Report of the Indian Hemp Drugs Commission, 1894-1895 - Volume V
Year: 1894
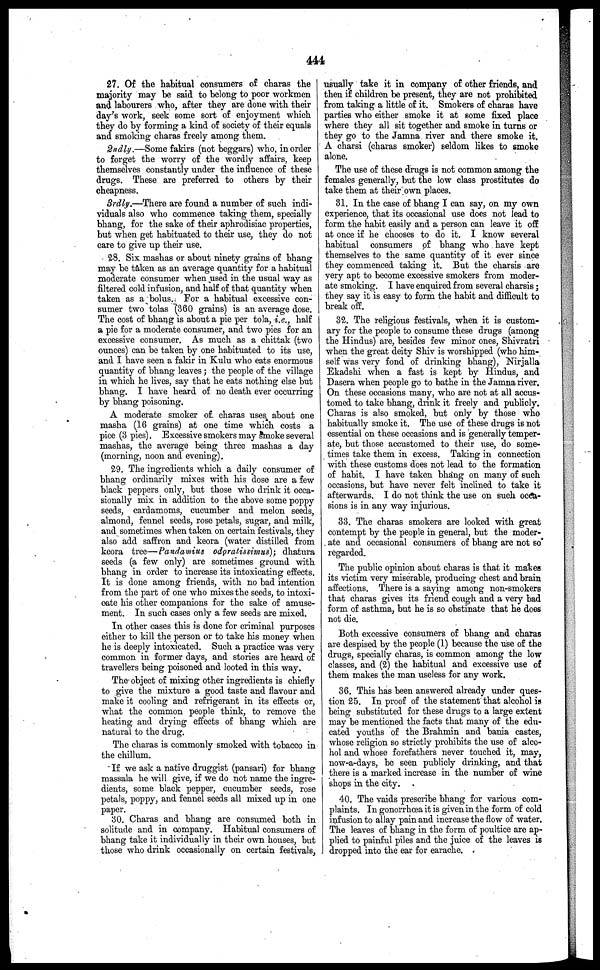
444
27. Of the habitual consumers of charas the
majority may be said to belong to poor workmen
and labourers who, after they are done with their
day's work, seek some sort of enjoyment which
they do by forming a kind of society of their equals
and smoking charas freely among them.
2ndly.—Some fakirs (not beggars) who, in order
to forget the worry of the wordly affairs, keep
themselves constantly under the influence of these
drugs. These are preferred to others by their
cheapness.
3rdly.—There are found a number of such indi-
viduals also who commence taking them, specially
bhang, for the sake of their aphrodisiac properties,
but when get habituated to their use, they do not
care to give up their use.
28. Six mashas or about ninety grains of bhang
may be taken as an average quantity for a habitual
moderate consumer when used in the usual way as
filtered cold infusion, and half of that quantity when
taken as a bolus. For a habitual excessive con-
sumer two tolas (360 grains) is an average dose.
The cost of bhang is about a pie per tola, i.e., half
a pie for a moderate consumer, and two pies for an
excessive consumer. As much as a chittak (two
ounces) can be taken by one habituated to its use,
and I have seen a fakir in Kulu who eats enormous
quantity of bhang leaves; the people of the village
in which he lives, say that he eats nothing else but
bhang. I have heard of no death ever occurring
by bhang poisoning.
A moderate smoker of. charas uses about one
masha (16 grains) at one time which costs a
pice (3 pies). Excessive smokers may smoke several
mashas, the average being three mashas a day
(morning, noon and evening).
29. The ingredients which a daily consumer of
bhang ordinarily mixes with his dose are a few
black peppers only, but those who drink it occa-
sionally mix in addition to the above some poppy
seeds, cardamoms, cucumber and melon seeds,
almond, fennel seeds, rose petals, sugar, and milk,
and sometimes when taken on certain festivals, they
also add saffron and keora (water distilled from
keora tree—Pandamius odpratissimus); dhatura
seeds (a few only) are sometimes ground with
bhang in order to increase its intoxicating effects.
It is done among friends, with no bad intention
from the part of one who mixes the seeds, to intoxi-
cate his other companions for the sake of amuse-
ment. In such cases only a few seeds are mixed.
In other cases this is done for criminal purposes
either to kill the person or to take his money when
he is deeply intoxicated. Such a practice was very
common in former days, and stories are heard of
travellers being poisoned and looted in this way.
The object of mixing other ingredients is chiefly
to give the mixture a good taste and flavour and
make it cooling and refrigerant in its effects or,
what the common people think, to remove the
heating and drying effects of bhang which are
natural to the drug.
The charas is commonly smoked with tobacco in
the chillum.
If we ask a native druggist (pansari) for bhang
massala he will give, if we do not name the ingre-
dients, some black pepper, cucumber seeds, rose
petals, poppy, and fennel seeds all mixed up in one
paper.
30. Charas and bhang are consumed both in
solitude and in company. Habitual consumers of
bhang take it individually in their own houses, but
those who drink occasionally on certain festivals,
usually take it in company of other friends, and
then if children be present, they are not prohibited
from taking a little of it. Smokers of charas have
parties who either smoke it at some fixed place
where they all sit together and smoke in turns or
they go to the Jamna river and there smoke it.
A charsi (charas smoker) seldom likes to smoke
alone.
The use of these drugs is not common among the
females generally, but the low class prostitutes do
take them at their own places.
31. In the case of bhang I can say, on my own
experience, that its occasional use does not lead to
form the habit easily and a person can leave it off
at once if he chooses to do it. I know several
habitual consumers of bhang who have kept
themselves to the same quantity of it ever since
they commenced taking it. But the charsis are
very apt to become excessive smokers from moder-
ate smoking. I have enquired from several charsis ;
they say it is easy to form the habit and difficult to
break off.
32. The religious festivals, when it is custom-
ary for the people to consume these drugs (among
the Hindus) are, besides few minor ones, Shivratri
when the great deity Shiv is worshipped (who him-
self was very fond of drinking bhang), Nirjalla
Ekadshi when a fast is kept by Hindus, and
Dasera when people go to bathe in the Jamna river.
On these occasions many, who are not at all accus-
tomed to take bhang, drink it freely and publicly.
Charas is also smoked, but only by those who
habitually smoke it. The use of these drugs is not
essential on these occasions and is generally temper-
ate, but those accustomed to their use, do some-
times take them in excess. Taking in connection
with these customs does not lead to the formation
of habit. I have taken bhang on many of such
occasions, but have never felt inclined to take it
afterwards. I do not think the use on such occa-
sions is in any way injurious.
33. The charas smokers are looked with great
contempt by the people in general, but the moder-
ate and occasional consumers of bhang are not so
regarded.
The public opinion about charas is that it makes
its victim very miserable, producing chest and brain
affections. There is a saying; among non-smokers
that charas gives its friend cough and a very bad
form of asthma, but he is so obstinate that he does
not die.
Both excessive consumers of bhang and charas
are despised by the people (1) because the use of the
drugs, specially charas, is common among the low
classes, and (2) the habitual and excessive use of
them makes the man useless for any work.
36. This has been answered already under ques-
tion 25. In proof of the statement that alcohol is
being substituted for these drags to a large extent
may be mentioned the facts that many of the edu-
cated youths of the Brahmin and bania castes,
whose religion so strictly prohibits the use of alco-
hol and whose forefathers never touched it, may,
now-a-days, be seen publicly drinking, and that
there is a marked increase in the number of wine
shops in the city.
40. The vaids prescribe bhang for various com-
plaints. In gonorrhœa it is given in the form of cold
infusion to allay pain and increase the flow of water.
The leaves of bhang in the form of poultice are ap-
plied to painful piles and the juice of the leaves is
dropped into the ear for earache.